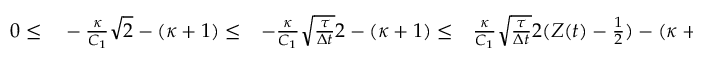
\begin{array} { r l r l r } { 0 \le } & { { } - \frac { \kappa } { C _ { 1 } } \sqrt { 2 } - ( \kappa + 1 ) \le } & { - \frac { \kappa } { C _ { 1 } } \sqrt { \frac { \tau } { \Delta t } } 2 - ( \kappa + 1 ) \le } & { { } \frac { \kappa } { C _ { 1 } } \sqrt { \frac { \tau } { \Delta t } } 2 ( Z ( t ) - \frac { 1 } { 2 } ) - ( \kappa + 1 ) \le } & { \frac { \kappa } { C _ { 1 } } \sqrt { \frac { \tau } { \Delta t } } 2 - ( \kappa + 1 ) } \end{array}